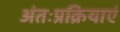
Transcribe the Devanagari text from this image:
अंतःप्रक्रियाएं